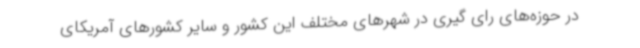
در حوزه‌های رای گیری در شهرهای مختلف این کشور و سایر کشورهای آمریکای